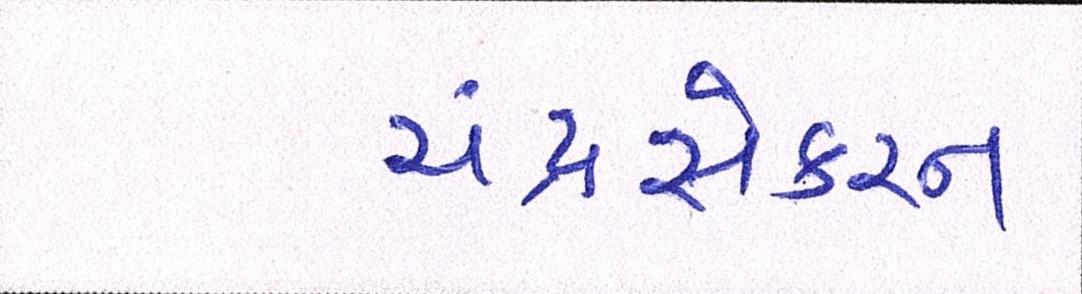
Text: ચંદ્રસેકરન